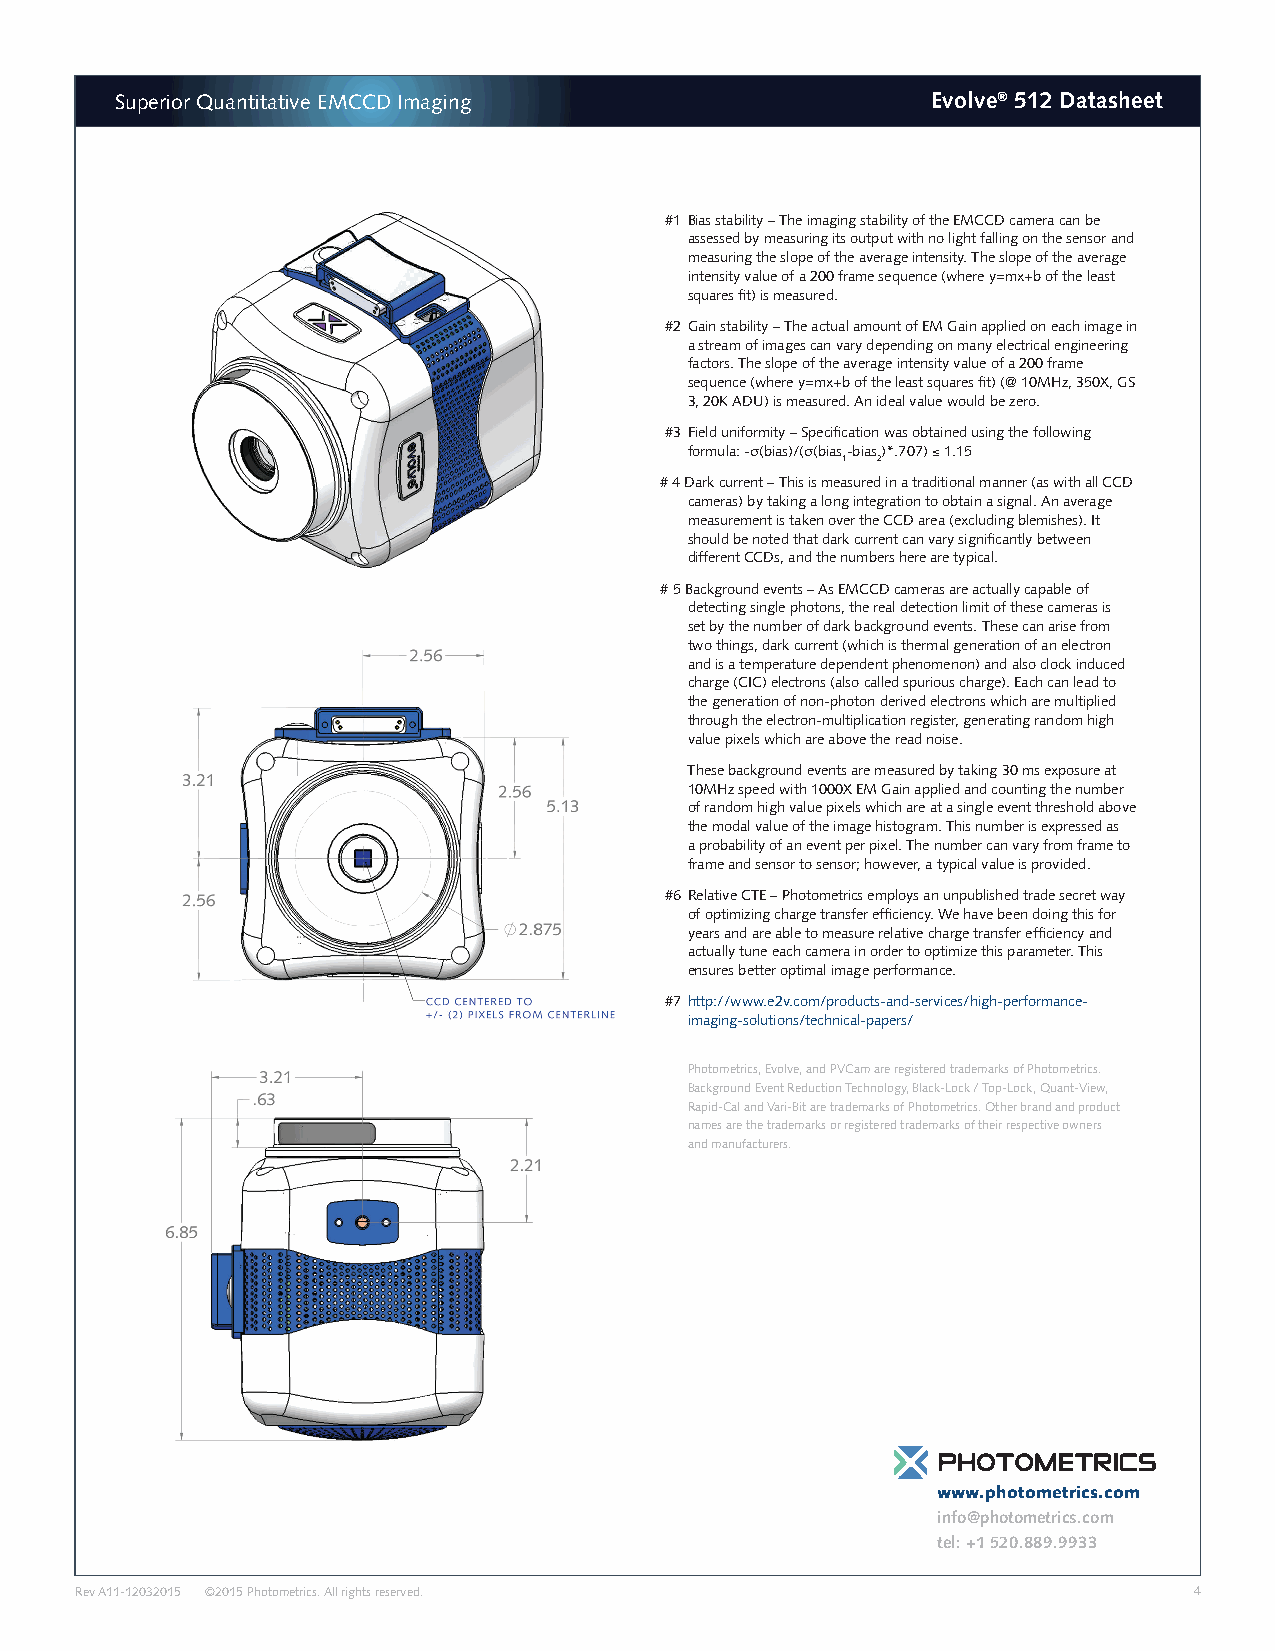
Superior Quantitative EMCCD Imaging                   Evolve® 512 Datasheet
 #1 Bias stability – The imaging stability of the EMCCD camera can be
 assessed by measuring its output with no light falling on the sensor and
 measuring the slope of the average intensity. The slope of the average
 intensity value of a 200 frame sequence (where y=mx+b of the least
 squares fit) is measured.
 #2 Gain stability – The actual amount of EM Gain applied on each image in
 a stream of images can vary depending on many electrical engineering
 factors. The slope of the average intensity value of a 200 frame
 sequence (where y=mx+b of the least squares fit) (@ 10MHz, 350X, GS
 3, 20K ADU) is measured. An ideal value would be zero.
 #3 Field uniformity – Specification was obtained using the following
 formula: -σ(bias)/(σ(bias-bias)*.707) ≤ 1.15
 1 2
 # 4 Dark current – This is measured in a traditional manner (as with all CCD
 cameras) by taking a long integration to obtain a signal. An average
 measurement is taken over the CCD area (excluding blemishes). It
 should be noted that dark current can vary significantly between
 different CCDs, and the numbers here are typical.
 # 5 Background events – As EMCCD cameras are actually capable of
 detecting single photons, the real detection limit of these cameras is
 set by the number of dark background events. These can arise from
 two things, dark current (which is thermal generation of an electron
 and is a temperature dependent phenomenon) and also clock induced
 charge (CIC) electrons (also called spurious charge). Each can lead to
 the generation of non-photon derived electrons which are multiplied
 through the electron-multiplication register, generating random high
 value pixels which are above the read noise.
 These background events are measured by taking 30 ms exposure at
 10MHz speed with 1000X EM Gain applied and counting the number
 of random high value pixels which are at a single event threshold above
 the modal value of the image histogram. This number is expressed as
 a probability of an event per pixel. The number can vary from frame to
 frame and sensor to sensor; however, a typical value is provided.
 #6 Relative CTE – Photometrics employs an unpublished trade secret way
 of optimizing charge transfer efficiency. We have been doing this for
 years and are able to measure relative charge transfer efficiency and
 actually tune each camera in order to optimize this parameter. This
 ensures better optimal image performance.
 #7 http://www.e2v.com/products-and-services/high-performance-
 imaging-solutions/technical-papers/
 Photometrics, Evolve, and PVCam are registered trademarks of Photometrics.
 Background Event Reduction Technology, Black-Lock / Top-Lock, Quant-View,
 Rapid-Cal and Vari-Bit are trademarks of Photometrics. Other brand and product
 names are the trademarks or registered trademarks of their respective owners
 and manufacturers.
 www.photometrics.com
 info@photometrics.com
 tel: +1 520.889.9933
 Rev A11-12032015 ©2015 Photometrics. All rights reserved.                 4